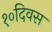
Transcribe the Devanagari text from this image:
१०दिवस